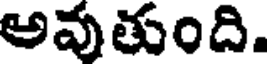
అవుతుంది.